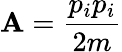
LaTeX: \mathbf{A}={\frac{{p_{i}p_{i}}}{{2m}}}